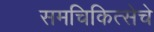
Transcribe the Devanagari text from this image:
समचिकित्सेचे